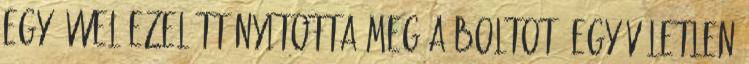
egy évvel ezelőtt nyitotta meg a boltot, egy véletlen